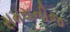
સમયનીજ